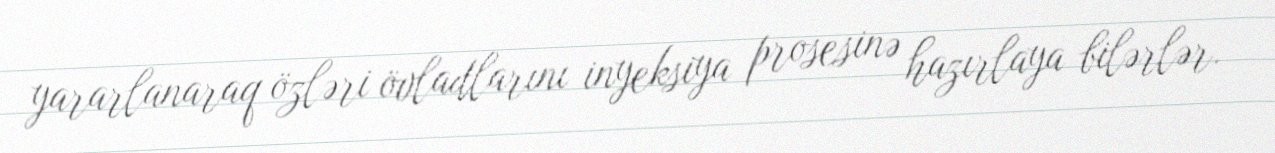
yararlanaraq özləri övladlarını inyeksiya prosesinə hazırlaya bilərlər.